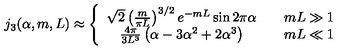
j _ { 3 } ( \alpha , m , L ) \approx \left\{ \begin{array} { c c } { \sqrt { 2 } \left( \frac { m } { \pi L } \right) ^ { 3 / 2 } e ^ { - m L } \sin 2 \pi \alpha } & { \quad m L \gg 1 } \\ { \frac { 4 \pi } { 3 L ^ { 3 } } \left( \alpha - 3 \alpha ^ { 2 } + 2 \alpha ^ { 3 } \right) } & { \quad m L \ll 1 } \\ \end{array} \right.